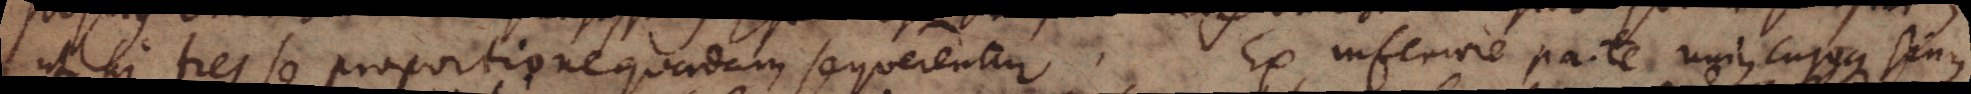
ut hi tres se proportione quadam sequerentur. Ex inferiore parte uniuscujusque sinus